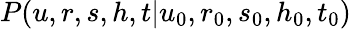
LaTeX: P(u,r,s,h,t|u_{0},r_{0},s_{0},h_{0},t_{0})